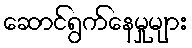
ဆောင်ရွက်နေမှုများ